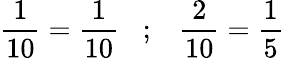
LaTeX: {\frac{1}{10}}={\frac{1}{10}}\; \; \; ;\; \; \; {\frac{2}{10}}={\frac{1}{5}}